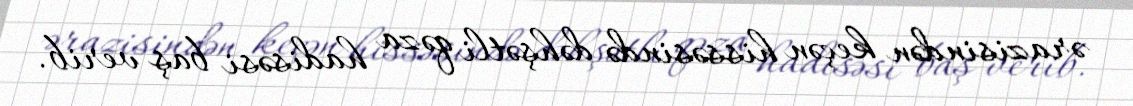
ərazisindən keçən hissəsində dəhşətli qəza hadisəsi baş verib.